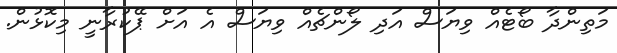
މަތިންދާ ބޯޓެއް ވިޔަސް އަދި ލޯންޗެއް ވިޔަސް އެ އަށް ޕޭކުރާނީ މިކޮޅުން.